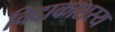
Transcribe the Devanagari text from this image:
चिदाकाशस्य